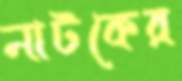
নাটকের